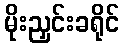
မိုးညှင်းခရိုင်